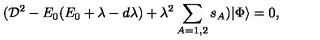
( { \cal D } ^ { 2 } - E _ { 0 } ( E _ { 0 } + \lambda - d \lambda ) + \lambda ^ { 2 } \sum _ { A = 1 , 2 } s _ { A } ) | \Phi \rangle = 0 ,